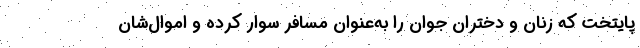
پایتخت که زنان و دختران جوان را به‌عنوان مسافر سوار کرده و اموال‌شان